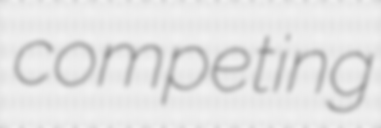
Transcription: competing